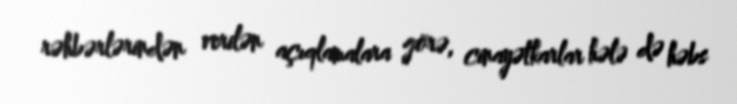
rəhbərlərindən verilən açıqlamalara görə, cinayətkarlar hələ də həbs